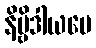
နိဗ္ဗိဒါယပေ